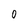
Character: 0